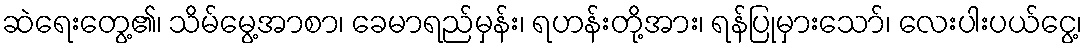
ဆဲရေးတွေ့၏၊ သိမ်မွေ့အာစာ၊ ခေမာရည်မှန်း၊ ရဟန်းတို့အား၊ ရန်ပြုမှားသော်၊ လေးပါးပယ်ငွေ့၊